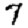
Digit: 7